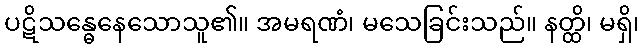
ပဋိသန္ဓေနေသောသူ၏။ အမရဏံ၊ မသေခြင်းသည်။ နတ္ထိ၊ မရှိ၊